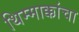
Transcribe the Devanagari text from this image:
थिम्माक्कांचा